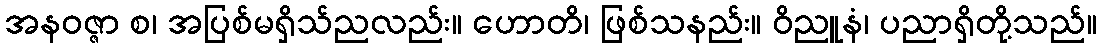
အနဝဇ္ဇာ စ၊ အပြစ်မရှိသ်ညလည်း။ ဟောတိ၊ ဖြစ်သနည်း။ ဝိညူနံ၊ ပညာရှိတို့သည်။